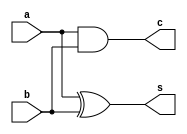
module half_adder(a,b,s,c);
input a,b;
output wire s,c;
xor(s,a,b);
and(c,a,b);
endmodule